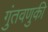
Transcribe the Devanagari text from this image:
गुंतवणुकी